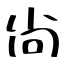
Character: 尙